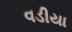
વડીયા